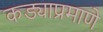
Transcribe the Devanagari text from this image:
कड्याप्रमाणे